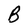
Character: B